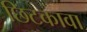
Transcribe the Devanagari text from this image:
छिटकावा